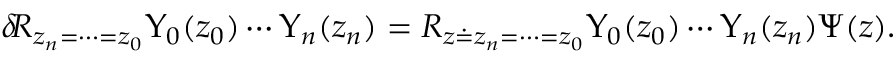
\delta \! { \cal R } _ { z _ { n } = \cdots = z _ { 0 } } \Upsilon _ { 0 } ( z _ { 0 } ) \cdots \Upsilon _ { n } ( z _ { n } ) = { \cal R } _ { z \doteq z _ { n } = \cdots = z _ { 0 } } \Upsilon _ { 0 } ( z _ { 0 } ) \cdots \Upsilon _ { n } ( z _ { n } ) \Psi ( z ) .